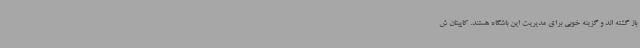
باز گشته اند و گزینه خوبی برای مدیریت این باشگاه هستند. کاپیتان ش